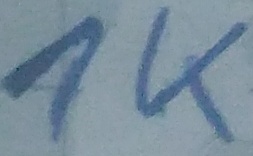
Text: 1K